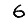
Digit: 6